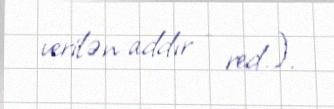
verilən addır - red.).